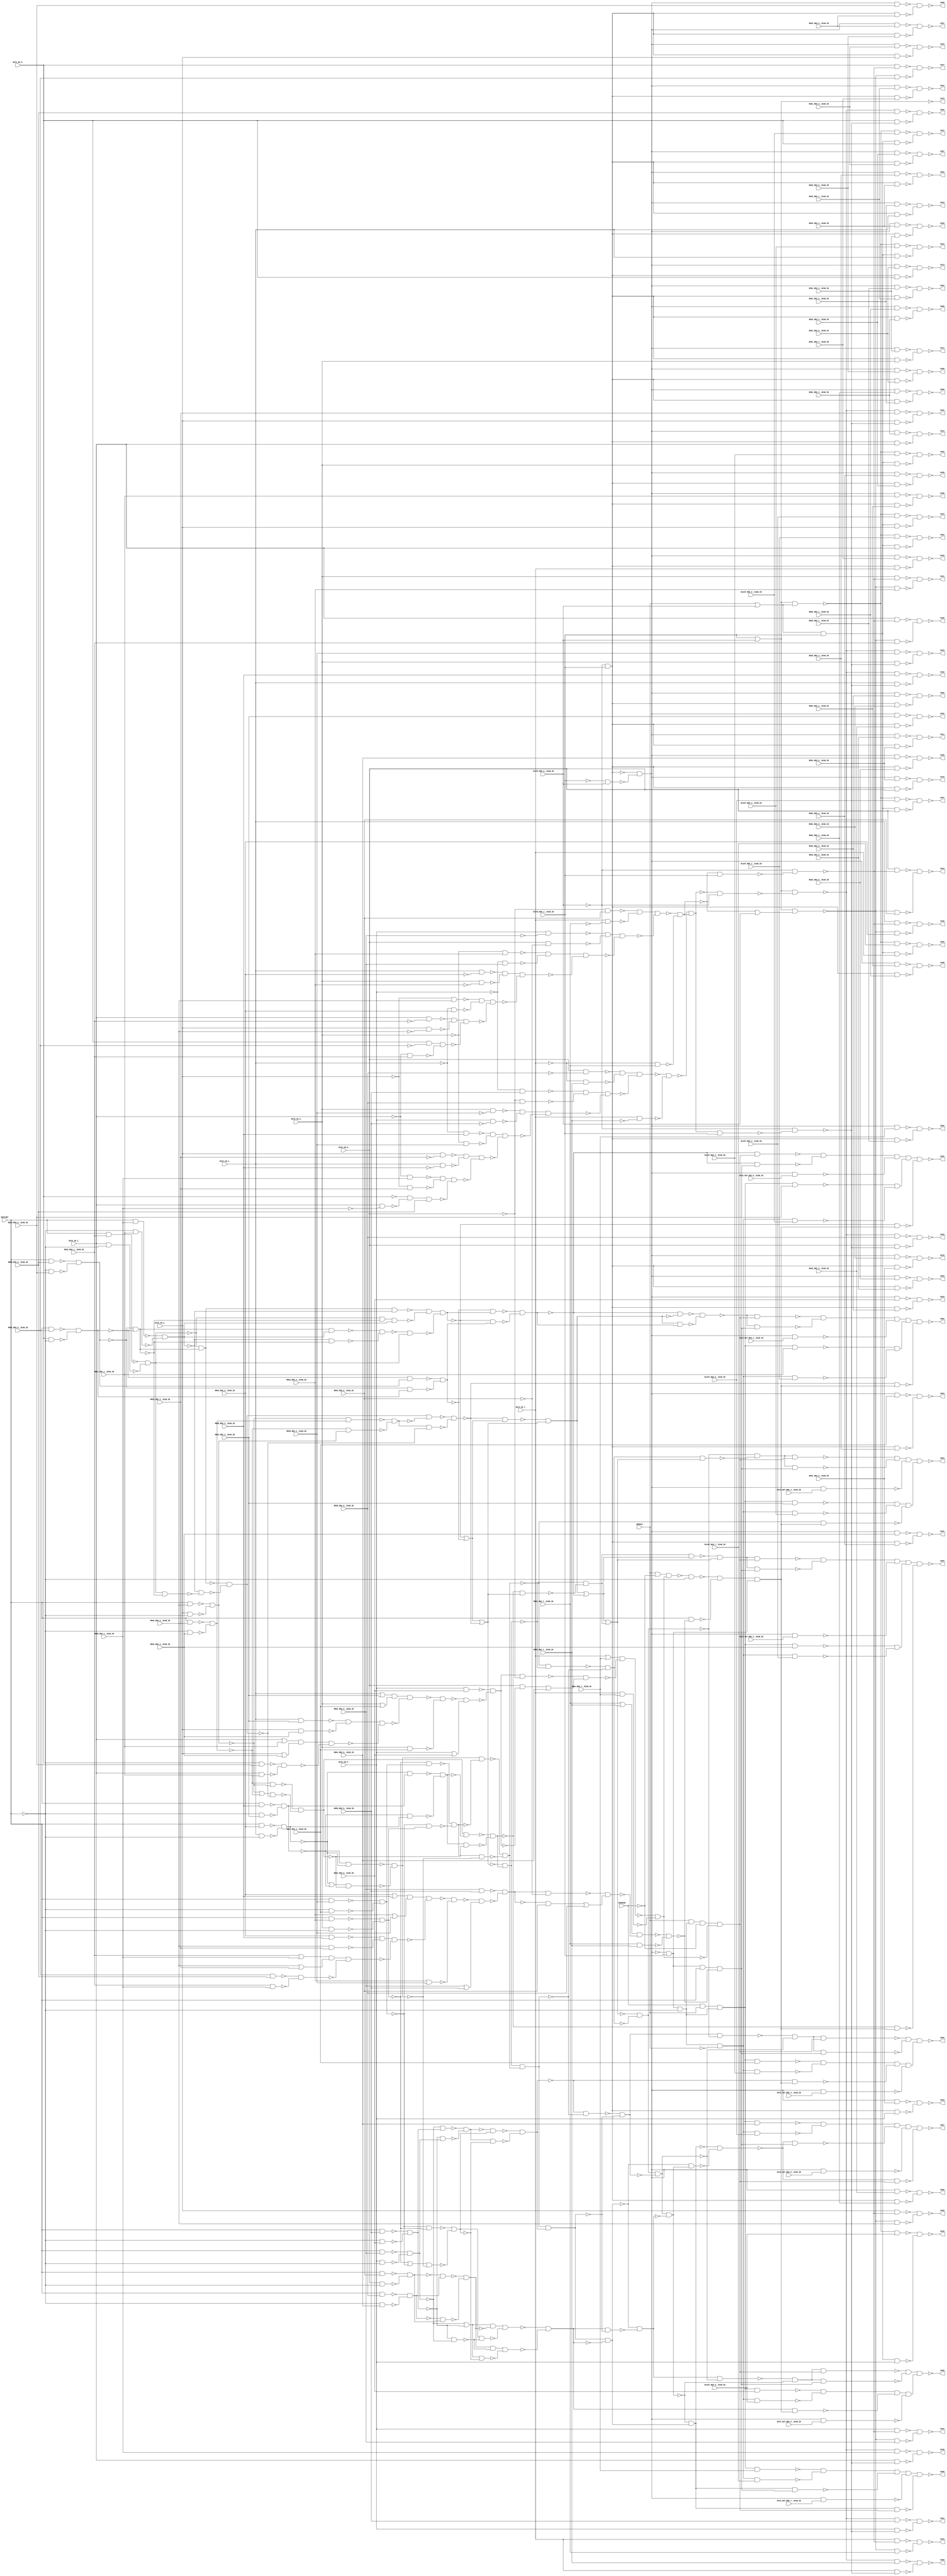
module b04_C( RESTART, AVERAGE, ENABLE, DATA_IN_7_, DATA_IN_6_, DATA_IN_5_, DATA_IN_4_, DATA_IN_3_, DATA_IN_2_, DATA_IN_1_, DATA_IN_0_, STATO_REG_0__SCAN_IN, STATO_REG_1__SCAN_IN, DATA_OUT_REG_0__SCAN_IN, DATA_OUT_REG_1__SCAN_IN, DATA_OUT_REG_2__SCAN_IN, DATA_OUT_REG_3__SCAN_IN, DATA_OUT_REG_4__SCAN_IN, DATA_OUT_REG_5__SCAN_IN, DATA_OUT_REG_6__SCAN_IN, DATA_OUT_REG_7__SCAN_IN, REG4_REG_0__SCAN_IN, REG4_REG_1__SCAN_IN, REG4_REG_2__SCAN_IN, RMAX_REG_7__SCAN_IN, RMAX_REG_6__SCAN_IN, RMAX_REG_5__SCAN_IN, RMAX_REG_4__SCAN_IN, RMAX_REG_3__SCAN_IN, RMAX_REG_2__SCAN_IN, RMAX_REG_1__SCAN_IN, RMAX_REG_0__SCAN_IN, RMIN_REG_7__SCAN_IN, RMIN_REG_6__SCAN_IN, RMIN_REG_5__SCAN_IN, RMIN_REG_4__SCAN_IN, RMIN_REG_3__SCAN_IN, RMIN_REG_2__SCAN_IN, RMIN_REG_1__SCAN_IN, RMIN_REG_0__SCAN_IN, RLAST_REG_7__SCAN_IN, RLAST_REG_6__SCAN_IN, RLAST_REG_5__SCAN_IN, RLAST_REG_4__SCAN_IN, RLAST_REG_3__SCAN_IN, RLAST_REG_2__SCAN_IN, RLAST_REG_1__SCAN_IN, RLAST_REG_0__SCAN_IN, REG1_REG_7__SCAN_IN, REG1_REG_6__SCAN_IN, REG1_REG_5__SCAN_IN, REG1_REG_4__SCAN_IN, REG1_REG_3__SCAN_IN, REG1_REG_2__SCAN_IN, REG1_REG_1__SCAN_IN, REG1_REG_0__SCAN_IN, REG2_REG_7__SCAN_IN, REG2_REG_6__SCAN_IN, REG2_REG_5__SCAN_IN, REG2_REG_4__SCAN_IN, REG2_REG_3__SCAN_IN, REG2_REG_2__SCAN_IN, REG2_REG_1__SCAN_IN, REG2_REG_0__SCAN_IN, REG3_REG_7__SCAN_IN, REG3_REG_6__SCAN_IN, REG3_REG_5__SCAN_IN, REG3_REG_4__SCAN_IN, REG3_REG_3__SCAN_IN, REG3_REG_2__SCAN_IN, REG3_REG_1__SCAN_IN, REG3_REG_0__SCAN_IN, REG4_REG_7__SCAN_IN, REG4_REG_6__SCAN_IN, REG4_REG_5__SCAN_IN, REG4_REG_4__SCAN_IN, REG4_REG_3__SCAN_IN, U281, U282, U283, U284, U285, U286, U287, U288, U289, U290, U291, U292, U293, U294, U295, U296, U297, U298, U299, U300, U301, U302, U303, U304, U305, U306, U307, U308, U309, U310, U311, U312, U313, U314, U315, U316, U317, U318, U319, U320, U321, U322, U323, U324, U325, U326, U327, U328, U329, U330, U331, U332, U333, U334, U335, U336, U337, U338, U339, U340, U341, U342, U343, U344, U375); 
input RESTART, AVERAGE, ENABLE, DATA_IN_7_, DATA_IN_6_, DATA_IN_5_, DATA_IN_4_, DATA_IN_3_, DATA_IN_2_, DATA_IN_1_, DATA_IN_0_, STATO_REG_0__SCAN_IN, STATO_REG_1__SCAN_IN, DATA_OUT_REG_0__SCAN_IN, DATA_OUT_REG_1__SCAN_IN, DATA_OUT_REG_2__SCAN_IN, DATA_OUT_REG_3__SCAN_IN, DATA_OUT_REG_4__SCAN_IN, DATA_OUT_REG_5__SCAN_IN, DATA_OUT_REG_6__SCAN_IN, DATA_OUT_REG_7__SCAN_IN, REG4_REG_0__SCAN_IN, REG4_REG_1__SCAN_IN, REG4_REG_2__SCAN_IN, RMAX_REG_7__SCAN_IN, RMAX_REG_6__SCAN_IN, RMAX_REG_5__SCAN_IN, RMAX_REG_4__SCAN_IN, RMAX_REG_3__SCAN_IN, RMAX_REG_2__SCAN_IN, RMAX_REG_1__SCAN_IN, RMAX_REG_0__SCAN_IN, RMIN_REG_7__SCAN_IN, RMIN_REG_6__SCAN_IN, RMIN_REG_5__SCAN_IN, RMIN_REG_4__SCAN_IN, RMIN_REG_3__SCAN_IN, RMIN_REG_2__SCAN_IN, RMIN_REG_1__SCAN_IN, RMIN_REG_0__SCAN_IN, RLAST_REG_7__SCAN_IN, RLAST_REG_6__SCAN_IN, RLAST_REG_5__SCAN_IN, RLAST_REG_4__SCAN_IN, RLAST_REG_3__SCAN_IN, RLAST_REG_2__SCAN_IN, RLAST_REG_1__SCAN_IN, RLAST_REG_0__SCAN_IN, REG1_REG_7__SCAN_IN, REG1_REG_6__SCAN_IN, REG1_REG_5__SCAN_IN, REG1_REG_4__SCAN_IN, REG1_REG_3__SCAN_IN, REG1_REG_2__SCAN_IN, REG1_REG_1__SCAN_IN, REG1_REG_0__SCAN_IN, REG2_REG_7__SCAN_IN, REG2_REG_6__SCAN_IN, REG2_REG_5__SCAN_IN, REG2_REG_4__SCAN_IN, REG2_REG_3__SCAN_IN, REG2_REG_2__SCAN_IN, REG2_REG_1__SCAN_IN, REG2_REG_0__SCAN_IN, REG3_REG_7__SCAN_IN, REG3_REG_6__SCAN_IN, REG3_REG_5__SCAN_IN, REG3_REG_4__SCAN_IN, REG3_REG_3__SCAN_IN, REG3_REG_2__SCAN_IN, REG3_REG_1__SCAN_IN, REG3_REG_0__SCAN_IN, REG4_REG_7__SCAN_IN, REG4_REG_6__SCAN_IN, REG4_REG_5__SCAN_IN, REG4_REG_4__SCAN_IN, REG4_REG_3__SCAN_IN; 
output U281, U282, U283, U284, U285, U286, U287, U288, U289, U290, U291, U292, U293, U294, U295, U296, U297, U298, U299, U300, U301, U302, U303, U304, U305, U306, U307, U308, U309, U310, U311, U312, U313, U314, U315, U316, U317, U318, U319, U320, U321, U322, U323, U324, U325, U326, U327, U328, U329, U330, U331, U332, U333, U334, U335, U336, U337, U338, U339, U340, U341, U342, U343, U344, U375; 
wire U272, U273, U274, U275, U276, U277, U278, U279, U280, U345, U346, U347, U348, U349, U350, U351, U352, U353, U354, U355, U356, U357, U358, U359, U360, U361, U362, U363, U364, U365, U366, U367, U368, U369, U370, U371, U372, U373, U374, U376, U377, U378, U379, U380, U381, U382, U383, U384, U385, U386, U387, U388, U389, U390, U391, U392, U393, U394, U395, U396, U397, U398, U399, U400, U401, U402, U403, U404, U405, U406, U407, U408, U409, U410, U411, U412, U413, U414, U415, U416, U417, U418, U419, U420, U421, U422, U423, U424, U425, U426, U427, U428, U429, U430, U431, U432, U433, U434, U435, U436, U437, U438, U439, U440, U441, U442, U443, U444, U445, U446, U447, U448, U449, U450, U451, U452, U453, U454, U455, U456, U457, U458, U459, U460, U461, U462, U463, U464, U465, U466, U467, U468, U469, U470, U471, U472, U473, U474, U475, U476, U477, U478, U479, U480, U481, U482, U483, U484, U485, U486, U487, U488, U489, U490, U491, U492, U493, U494, U495, U496, U497, U498, U499, U500, U501, U502, U503, U504, U505, U506, U507, U508, U509, U510, U511, U512, U513, U514, U515, U516, U517, U518, U519, U520, U521, U522, U523, U524, U525, U526, U527, U528, U529, U530, U531, U532, U533, U534, U535, U536, U537, U538, U539, U540, U541, U542, U543, U544, U545, U546, U547, U548, U549, U550, U551, U552, U553, U554, U555, U556, U557, U558, U559, U560, U561, U562, U563, U564, U565, U566, U567, U568, U569, U570, U571, U572, U573, U574, U575, U576, U577, U578, GTE_67_U6, SUB_82_U6, SUB_82_U7, SUB_82_U8, SUB_82_U9, SUB_82_U10, SUB_82_U11, SUB_82_U12, SUB_82_U13, SUB_82_U14, SUB_82_U15, SUB_82_U16, SUB_82_U17, SUB_82_U18, SUB_82_U19, SUB_82_U20, SUB_82_U21, SUB_82_U22, SUB_82_U23, SUB_82_U24, SUB_82_U25, SUB_82_U26, SUB_82_U27, SUB_82_U28, SUB_82_U29, SUB_82_U30, SUB_82_U31, SUB_82_U32, SUB_82_U33, SUB_82_U34, SUB_82_U35, ADD_65_U4, ADD_65_U5, ADD_65_U6, ADD_65_U7, ADD_65_U8, ADD_65_U9, ADD_65_U10, ADD_65_U11, ADD_65_U12, ADD_65_U13, ADD_65_U14, ADD_65_U15, ADD_65_U16, ADD_65_U17, ADD_65_U18, ADD_65_U19, ADD_65_U20, ADD_65_U21, ADD_65_U22, ADD_65_U23, ADD_65_U24, ADD_65_U25, ADD_65_U26, ADD_65_U27, ADD_65_U28, ADD_65_U29, ADD_65_U30, ADD_65_U31, ADD_77_U4, ADD_77_U5, ADD_77_U6, ADD_77_U7, ADD_77_U8, ADD_77_U9, ADD_77_U10, ADD_77_U11, ADD_77_U12, ADD_77_U13, ADD_77_U14, ADD_77_U15, ADD_77_U16, ADD_77_U17, ADD_77_U18, ADD_77_U19, ADD_77_U20, ADD_77_U21, ADD_77_U22, ADD_77_U23, ADD_77_U24, ADD_77_U25, ADD_77_U26, ADD_77_U27, ADD_77_U28, ADD_77_U29, ADD_77_U30, ADD_77_U31, SUB_70_166_U6, SUB_70_166_U7, SUB_70_166_U8, SUB_70_166_U9, SUB_70_166_U10, SUB_70_166_U11, SUB_70_166_U12, SUB_70_166_U13, SUB_70_166_U14, SUB_70_166_U15, SUB_70_166_U16, SUB_70_166_U17, SUB_70_166_U18, SUB_70_166_U19, SUB_70_166_U20, SUB_70_166_U21, SUB_70_166_U22, SUB_70_166_U23, SUB_70_166_U24, SUB_70_166_U25, SUB_70_166_U26, SUB_70_166_U27, SUB_70_166_U28, SUB_70_166_U29, SUB_70_166_U30, SUB_70_166_U31, SUB_70_166_U32, SUB_70_166_U33, SUB_70_166_U34, SUB_70_166_U35, LT_90_U6, LT_90_U7, LT_90_U8, LT_90_U9, LT_90_U10, LT_90_U11, LT_90_U12, LT_90_U13, LT_90_U14, LT_90_U15, LT_90_U16, LT_90_U17, LT_90_U18, LT_90_U19, LT_90_U20, LT_90_U21, LT_90_U22, LT_90_U23, LT_90_U24, LT_90_U25, LT_90_U26, LT_90_U27, LT_90_U28, LT_90_U29, LT_90_U30, LT_90_U31, LT_90_U32, LT_90_U33, LT_90_U34, LT_90_U35, LT_90_U36, LT_90_U37, LT_90_U38, LT_90_U39, LT_90_U40, LT_90_U41, LT_90_U42, GT_88_U6, GT_88_U7, GT_88_U8, GT_88_U9, GT_88_U10, GT_88_U11, GT_88_U12, GT_88_U13, GT_88_U14, GT_88_U15, GT_88_U16, GT_88_U17, GT_88_U18, GT_88_U19, GT_88_U20, GT_88_U21, GT_88_U22, GT_88_U23, GT_88_U24, GT_88_U25, GT_88_U26, GT_88_U27, GT_88_U28, GT_88_U29, GT_88_U30, GT_88_U31, GT_88_U32, GT_88_U33, GT_88_U34, GT_88_U35, GT_88_U36, GT_88_U37, GT_88_U38, GT_88_U39, GT_88_U40, GT_88_U41, GT_88_U42, SUB_82_165_U6, SUB_82_165_U7, SUB_82_165_U8, SUB_82_165_U9, SUB_82_165_U10, SUB_82_165_U11, SUB_82_165_U12, SUB_82_165_U13, SUB_82_165_U14, SUB_82_165_U15, SUB_82_165_U16, SUB_82_165_U17, SUB_82_165_U18, SUB_82_165_U19, SUB_82_165_U20, SUB_82_165_U21, SUB_82_165_U22, SUB_82_165_U23, SUB_82_165_U24, SUB_82_165_U25, SUB_82_165_U26, SUB_82_165_U27, SUB_82_165_U28, SUB_82_165_U29, SUB_82_165_U30, SUB_82_165_U31, SUB_82_165_U32, SUB_82_165_U33, SUB_82_165_U34, SUB_82_165_U35, GTE_79_U6, R179_U4, R179_U5, R179_U6, R179_U7, R179_U8, R179_U9, R179_U10, R179_U11, R179_U12, R179_U13, R179_U14, R179_U15, R179_U16, R179_U17, R179_U18, R179_U19, R179_U20, R179_U21, R179_U22, R179_U23, R179_U24, R179_U25, R179_U26, R179_U27, R179_U28, R179_U29, R179_U30, R179_U31, R179_U32, R179_U33, R179_U34, R179_U35, R179_U36, R179_U37, R179_U38, R179_U39, R179_U40, R179_U41, R179_U42, R179_U43, R179_U44, R179_U45, R179_U46, R179_U47, R179_U48, R179_U49, R179_U50, R179_U51, R179_U52, R179_U53, R179_U54, R179_U55, R179_U56, R179_U57, R179_U58, R179_U59, R179_U60, R179_U61, R179_U62, R179_U63, R179_U64, R179_U65, R179_U66, R179_U67, R179_U68, R179_U69, R179_U70, R179_U71, R179_U72, R179_U73, R179_U74, R179_U75, R179_U76, R179_U77, R179_U78, R179_U79, R179_U80, R179_U81, R179_U82, R179_U83, R179_U84, R179_U85, R179_U86, R179_U87, R179_U88, R179_U89, R179_U90, R179_U91, R179_U92, R179_U93, R179_U94, R179_U95, R179_U96, SUB_70_U6, SUB_70_U7, SUB_70_U8, SUB_70_U9, SUB_70_U10, SUB_70_U11, SUB_70_U12, SUB_70_U13, SUB_70_U14, SUB_70_U15, SUB_70_U16, SUB_70_U17, SUB_70_U18, SUB_70_U19, SUB_70_U20, SUB_70_U21, SUB_70_U22, SUB_70_U23, SUB_70_U24, SUB_70_U25, SUB_70_U26, SUB_70_U27, SUB_70_U28, SUB_70_U29, SUB_70_U30, SUB_70_U31, SUB_70_U32, SUB_70_U33, SUB_70_U34, SUB_70_U35; 
assign U345 = ~STATO_REG_0__SCAN_IN; 
assign U346 = ~STATO_REG_1__SCAN_IN; 
assign U349 = ~AVERAGE; 
assign U350 = ~ENABLE; 
assign U351 = ~RESTART; 
assign U374 = STATO_REG_1__SCAN_IN | STATO_REG_0__SCAN_IN; 
assign U420 = ENABLE | STATO_REG_0__SCAN_IN; 
assign U552 = ~(RESTART & RMAX_REG_6__SCAN_IN); 
assign U554 = ~(RESTART & RMAX_REG_5__SCAN_IN); 
assign U556 = ~(RESTART & RMAX_REG_4__SCAN_IN); 
assign U558 = ~(RESTART & RMAX_REG_3__SCAN_IN); 
assign U560 = ~(RESTART & RMAX_REG_2__SCAN_IN); 
assign U562 = ~(RESTART & RMAX_REG_1__SCAN_IN); 
assign U564 = ~(RESTART & RMAX_REG_0__SCAN_IN); 
assign U566 = ~(RESTART & RMIN_REG_6__SCAN_IN); 
assign U568 = ~(RESTART & RMIN_REG_5__SCAN_IN); 
assign U570 = ~(RESTART & RMIN_REG_4__SCAN_IN); 
assign U572 = ~(RESTART & RMIN_REG_3__SCAN_IN); 
assign U574 = ~(RESTART & RMIN_REG_2__SCAN_IN); 
assign U576 = ~(RESTART & RMIN_REG_1__SCAN_IN); 
assign U578 = ~(RESTART & RMIN_REG_0__SCAN_IN); 
assign ADD_65_U6 = ~RMAX_REG_6__SCAN_IN; 
assign ADD_65_U8 = RMAX_REG_5__SCAN_IN | RMIN_REG_5__SCAN_IN; 
assign ADD_65_U9 = ~(RMAX_REG_1__SCAN_IN & RMIN_REG_1__SCAN_IN); 
assign ADD_65_U10 = ~(RMAX_REG_0__SCAN_IN & RMIN_REG_0__SCAN_IN); 
assign ADD_65_U12 = RMAX_REG_1__SCAN_IN | RMIN_REG_1__SCAN_IN; 
assign ADD_65_U13 = RMAX_REG_2__SCAN_IN | RMIN_REG_2__SCAN_IN; 
assign ADD_65_U15 = ~(RMAX_REG_3__SCAN_IN & RMIN_REG_3__SCAN_IN); 
assign ADD_65_U16 = ~(RMAX_REG_2__SCAN_IN & RMIN_REG_2__SCAN_IN); 
assign ADD_65_U18 = RMAX_REG_3__SCAN_IN | RMIN_REG_3__SCAN_IN; 
assign ADD_65_U19 = RMAX_REG_4__SCAN_IN | RMIN_REG_4__SCAN_IN; 
assign ADD_65_U21 = ~(RMAX_REG_4__SCAN_IN & RMIN_REG_4__SCAN_IN); 
assign ADD_65_U24 = ~(RMAX_REG_5__SCAN_IN & RMIN_REG_5__SCAN_IN); 
assign ADD_65_U29 = RMAX_REG_7__SCAN_IN | RMIN_REG_7__SCAN_IN; 
assign ADD_65_U30 = ~(RMAX_REG_7__SCAN_IN & RMIN_REG_7__SCAN_IN); 
assign ADD_77_U6 = ~DATA_IN_6_; 
assign ADD_77_U8 = DATA_IN_5_ | REG4_REG_5__SCAN_IN; 
assign ADD_77_U9 = ~(DATA_IN_1_ & REG4_REG_1__SCAN_IN); 
assign ADD_77_U10 = ~(DATA_IN_0_ & REG4_REG_0__SCAN_IN); 
assign ADD_77_U12 = DATA_IN_1_ | REG4_REG_1__SCAN_IN; 
assign ADD_77_U13 = DATA_IN_2_ | REG4_REG_2__SCAN_IN; 
assign ADD_77_U15 = ~(DATA_IN_3_ & REG4_REG_3__SCAN_IN); 
assign ADD_77_U16 = ~(DATA_IN_2_ & REG4_REG_2__SCAN_IN); 
assign ADD_77_U18 = DATA_IN_3_ | REG4_REG_3__SCAN_IN; 
assign ADD_77_U19 = DATA_IN_4_ | REG4_REG_4__SCAN_IN; 
assign ADD_77_U21 = ~(DATA_IN_4_ & REG4_REG_4__SCAN_IN); 
assign ADD_77_U24 = ~(DATA_IN_5_ & REG4_REG_5__SCAN_IN); 
assign ADD_77_U29 = DATA_IN_7_ | REG4_REG_7__SCAN_IN; 
assign ADD_77_U30 = ~(DATA_IN_7_ & REG4_REG_7__SCAN_IN); 
assign LT_90_U7 = ~DATA_IN_7_; 
assign LT_90_U8 = ~DATA_IN_1_; 
assign LT_90_U9 = ~RMIN_REG_1__SCAN_IN; 
assign LT_90_U10 = ~RMIN_REG_2__SCAN_IN; 
assign LT_90_U11 = ~DATA_IN_2_; 
assign LT_90_U12 = ~DATA_IN_3_; 
assign LT_90_U13 = ~RMIN_REG_3__SCAN_IN; 
assign LT_90_U14 = ~RMIN_REG_4__SCAN_IN; 
assign LT_90_U15 = ~DATA_IN_4_; 
assign LT_90_U16 = ~DATA_IN_5_; 
assign LT_90_U17 = ~RMIN_REG_5__SCAN_IN; 
assign LT_90_U18 = ~RMIN_REG_6__SCAN_IN; 
assign LT_90_U19 = ~DATA_IN_6_; 
assign LT_90_U20 = ~RMIN_REG_7__SCAN_IN; 
assign LT_90_U21 = ~DATA_IN_0_; 
assign GT_88_U7 = ~RMAX_REG_7__SCAN_IN; 
assign GT_88_U8 = ~RMAX_REG_1__SCAN_IN; 
assign GT_88_U9 = ~DATA_IN_1_; 
assign GT_88_U10 = ~DATA_IN_2_; 
assign GT_88_U11 = ~RMAX_REG_2__SCAN_IN; 
assign GT_88_U12 = ~RMAX_REG_3__SCAN_IN; 
assign GT_88_U13 = ~DATA_IN_3_; 
assign GT_88_U14 = ~DATA_IN_4_; 
assign GT_88_U15 = ~RMAX_REG_4__SCAN_IN; 
assign GT_88_U16 = ~RMAX_REG_5__SCAN_IN; 
assign GT_88_U17 = ~DATA_IN_5_; 
assign GT_88_U18 = ~DATA_IN_6_; 
assign GT_88_U19 = ~RMAX_REG_6__SCAN_IN; 
assign GT_88_U20 = ~DATA_IN_7_; 
assign GT_88_U21 = ~RMAX_REG_0__SCAN_IN; 
assign U278 = U420 & STATO_REG_1__SCAN_IN; 
assign U348 = ~(U345 & STATO_REG_1__SCAN_IN); 
assign U375 = ~U374; 
assign U377 = ~(U346 & STATO_REG_0__SCAN_IN); 
assign U421 = ~(U374 & U420); 
assign U551 = ~(DATA_IN_6_ & U351); 
assign U553 = ~(DATA_IN_5_ & U351); 
assign U555 = ~(DATA_IN_4_ & U351); 
assign U557 = ~(DATA_IN_3_ & U351); 
assign U559 = ~(DATA_IN_2_ & U351); 
assign U561 = ~(DATA_IN_1_ & U351); 
assign U563 = ~(DATA_IN_0_ & U351); 
assign U565 = ~(U351 & REG4_REG_6__SCAN_IN); 
assign U567 = ~(U351 & REG4_REG_5__SCAN_IN); 
assign U569 = ~(U351 & REG4_REG_4__SCAN_IN); 
assign U571 = ~(U351 & REG4_REG_3__SCAN_IN); 
assign U573 = ~(U351 & REG4_REG_2__SCAN_IN); 
assign U575 = ~(U351 & REG4_REG_1__SCAN_IN); 
assign U577 = ~(U351 & REG4_REG_0__SCAN_IN); 
assign ADD_65_U11 = ~(ADD_65_U10 & ADD_65_U9); 
assign ADD_77_U11 = ~(ADD_77_U10 & ADD_77_U9); 
assign LT_90_U22 = ~(DATA_IN_1_ & LT_90_U9); 
assign LT_90_U24 = ~(LT_90_U8 & RMIN_REG_1__SCAN_IN); 
assign LT_90_U25 = ~(LT_90_U11 & RMIN_REG_2__SCAN_IN); 
assign LT_90_U27 = ~(DATA_IN_2_ & LT_90_U10); 
assign LT_90_U28 = ~(DATA_IN_3_ & LT_90_U13); 
assign LT_90_U30 = ~(LT_90_U12 & RMIN_REG_3__SCAN_IN); 
assign LT_90_U31 = ~(LT_90_U15 & RMIN_REG_4__SCAN_IN); 
assign LT_90_U33 = ~(DATA_IN_4_ & LT_90_U14); 
assign LT_90_U34 = ~(DATA_IN_5_ & LT_90_U17); 
assign LT_90_U36 = ~(LT_90_U16 & RMIN_REG_5__SCAN_IN); 
assign LT_90_U37 = ~(LT_90_U19 & RMIN_REG_6__SCAN_IN); 
assign LT_90_U39 = ~(DATA_IN_6_ & LT_90_U18); 
assign LT_90_U40 = ~(LT_90_U7 & RMIN_REG_7__SCAN_IN); 
assign LT_90_U42 = ~(DATA_IN_7_ & LT_90_U20); 
assign GT_88_U22 = ~(GT_88_U9 & RMAX_REG_1__SCAN_IN); 
assign GT_88_U24 = ~(DATA_IN_1_ & GT_88_U8); 
assign GT_88_U25 = ~(DATA_IN_2_ & GT_88_U11); 
assign GT_88_U27 = ~(GT_88_U10 & RMAX_REG_2__SCAN_IN); 
assign GT_88_U28 = ~(GT_88_U13 & RMAX_REG_3__SCAN_IN); 
assign GT_88_U30 = ~(DATA_IN_3_ & GT_88_U12); 
assign GT_88_U31 = ~(DATA_IN_4_ & GT_88_U15); 
assign GT_88_U33 = ~(GT_88_U14 & RMAX_REG_4__SCAN_IN); 
assign GT_88_U34 = ~(GT_88_U17 & RMAX_REG_5__SCAN_IN); 
assign GT_88_U36 = ~(DATA_IN_5_ & GT_88_U16); 
assign GT_88_U37 = ~(DATA_IN_6_ & GT_88_U19); 
assign GT_88_U39 = ~(GT_88_U18 & RMAX_REG_6__SCAN_IN); 
assign GT_88_U40 = ~(DATA_IN_7_ & GT_88_U7); 
assign GT_88_U42 = ~(GT_88_U20 & RMAX_REG_7__SCAN_IN); 
assign U280 = ~(U348 & U377); 
assign U353 = ~(U552 & U551); 
assign U354 = ~(U554 & U553); 
assign U355 = ~(U556 & U555); 
assign U356 = ~(U558 & U557); 
assign U357 = ~(U560 & U559); 
assign U358 = ~(U562 & U561); 
assign U359 = ~(U564 & U563); 
assign U360 = ~(U566 & U565); 
assign U361 = ~(U568 & U567); 
assign U362 = ~(U570 & U569); 
assign U363 = ~(U572 & U571); 
assign U364 = ~(U574 & U573); 
assign U365 = ~(U576 & U575); 
assign U366 = ~(U578 & U577); 
assign U376 = ~U348; 
assign U422 = ~(U278 & DATA_IN_7_); 
assign U423 = ~(U421 & RLAST_REG_7__SCAN_IN); 
assign U424 = ~(U278 & DATA_IN_6_); 
assign U425 = ~(U421 & RLAST_REG_6__SCAN_IN); 
assign U426 = ~(U278 & DATA_IN_5_); 
assign U427 = ~(U421 & RLAST_REG_5__SCAN_IN); 
assign U428 = ~(U278 & DATA_IN_4_); 
assign U429 = ~(U421 & RLAST_REG_4__SCAN_IN); 
assign U430 = ~(U278 & DATA_IN_3_); 
assign U431 = ~(U421 & RLAST_REG_3__SCAN_IN); 
assign U432 = ~(U278 & DATA_IN_2_); 
assign U433 = ~(U421 & RLAST_REG_2__SCAN_IN); 
assign U434 = ~(U278 & DATA_IN_1_); 
assign U435 = ~(U421 & RLAST_REG_1__SCAN_IN); 
assign U436 = ~(U278 & DATA_IN_0_); 
assign U437 = ~(U421 & RLAST_REG_0__SCAN_IN); 
assign ADD_65_U14 = ~(ADD_65_U12 & ADD_65_U13 & ADD_65_U11); 
assign ADD_77_U14 = ~(ADD_77_U12 & ADD_77_U13 & ADD_77_U11); 
assign LT_90_U23 = ~(LT_90_U21 & LT_90_U22 & RMIN_REG_0__SCAN_IN); 
assign GT_88_U23 = ~(DATA_IN_0_ & GT_88_U21 & GT_88_U22); 
assign U279 = U280 & STATO_REG_1__SCAN_IN; 
assign U321 = ~(U437 & U436); 
assign U322 = ~(U435 & U434); 
assign U323 = ~(U433 & U432); 
assign U324 = ~(U431 & U430); 
assign U325 = ~(U429 & U428); 
assign U326 = ~(U427 & U426); 
assign U327 = ~(U425 & U424); 
assign U328 = ~(U423 & U422); 
assign U378 = ~U280; 
assign U438 = ~(U376 & DATA_IN_7_); 
assign U440 = ~(U376 & DATA_IN_6_); 
assign U442 = ~(U376 & DATA_IN_5_); 
assign U444 = ~(U376 & DATA_IN_4_); 
assign U446 = ~(U376 & DATA_IN_3_); 
assign U448 = ~(U376 & DATA_IN_2_); 
assign U450 = ~(U376 & DATA_IN_1_); 
assign U452 = ~(U376 & DATA_IN_0_); 
assign U454 = ~(U376 & REG1_REG_7__SCAN_IN); 
assign U456 = ~(U376 & REG1_REG_6__SCAN_IN); 
assign U458 = ~(U376 & REG1_REG_5__SCAN_IN); 
assign U460 = ~(U376 & REG1_REG_4__SCAN_IN); 
assign U462 = ~(U376 & REG1_REG_3__SCAN_IN); 
assign U464 = ~(U376 & REG1_REG_2__SCAN_IN); 
assign U466 = ~(U376 & REG1_REG_1__SCAN_IN); 
assign U468 = ~(U376 & REG1_REG_0__SCAN_IN); 
assign U470 = ~(U376 & REG2_REG_7__SCAN_IN); 
assign U472 = ~(U376 & REG2_REG_6__SCAN_IN); 
assign U474 = ~(U376 & REG2_REG_5__SCAN_IN); 
assign U476 = ~(U376 & REG2_REG_4__SCAN_IN); 
assign U478 = ~(U376 & REG2_REG_3__SCAN_IN); 
assign U480 = ~(U376 & REG2_REG_2__SCAN_IN); 
assign U482 = ~(U376 & REG2_REG_1__SCAN_IN); 
assign U484 = ~(U376 & REG2_REG_0__SCAN_IN); 
assign U486 = ~(U376 & REG3_REG_7__SCAN_IN); 
assign U488 = ~(U376 & REG3_REG_6__SCAN_IN); 
assign U490 = ~(U376 & REG3_REG_5__SCAN_IN); 
assign U492 = ~(U376 & REG3_REG_4__SCAN_IN); 
assign U494 = ~(U376 & REG3_REG_3__SCAN_IN); 
assign U496 = ~(U376 & REG3_REG_2__SCAN_IN); 
assign U498 = ~(U376 & REG3_REG_1__SCAN_IN); 
assign U500 = ~(U376 & REG3_REG_0__SCAN_IN); 
assign ADD_65_U17 = ~(ADD_65_U15 & ADD_65_U16 & ADD_65_U14); 
assign ADD_77_U17 = ~(ADD_77_U15 & ADD_77_U16 & ADD_77_U14); 
assign LT_90_U26 = ~(LT_90_U24 & LT_90_U25 & LT_90_U23); 
assign GT_88_U26 = ~(GT_88_U24 & GT_88_U25 & GT_88_U23); 
assign R179_U6 = ~U359; 
assign R179_U7 = ~U366; 
assign R179_U8 = ~U365; 
assign R179_U9 = ~(U366 & U359); 
assign R179_U10 = ~U358; 
assign R179_U11 = ~U357; 
assign R179_U12 = ~U364; 
assign R179_U13 = ~U356; 
assign R179_U14 = ~U363; 
assign R179_U15 = ~U355; 
assign R179_U16 = ~U362; 
assign R179_U17 = ~U354; 
assign R179_U18 = ~U361; 
assign R179_U25 = ~U360; 
assign R179_U26 = ~U353; 
assign R179_U36 = U357 | U364; 
assign R179_U38 = ~(U364 & U357); 
assign R179_U40 = U356 | U363; 
assign R179_U42 = ~(U363 & U356); 
assign R179_U44 = U355 | U362; 
assign R179_U46 = ~(U362 & U355); 
assign R179_U48 = U354 | U361; 
assign R179_U50 = ~(U361 & U354); 
assign R179_U52 = ~(U361 & U354); 
assign R179_U54 = U361 | U354; 
assign U272 = U279 & U351; 
assign U439 = ~(U378 & REG1_REG_7__SCAN_IN); 
assign U441 = ~(U378 & REG1_REG_6__SCAN_IN); 
assign U443 = ~(U378 & REG1_REG_5__SCAN_IN); 
assign U445 = ~(U378 & REG1_REG_4__SCAN_IN); 
assign U447 = ~(U378 & REG1_REG_3__SCAN_IN); 
assign U449 = ~(U378 & REG1_REG_2__SCAN_IN); 
assign U451 = ~(U378 & REG1_REG_1__SCAN_IN); 
assign U453 = ~(U378 & REG1_REG_0__SCAN_IN); 
assign U455 = ~(U378 & REG2_REG_7__SCAN_IN); 
assign U457 = ~(U378 & REG2_REG_6__SCAN_IN); 
assign U459 = ~(U378 & REG2_REG_5__SCAN_IN); 
assign U461 = ~(U378 & REG2_REG_4__SCAN_IN); 
assign U463 = ~(U378 & REG2_REG_3__SCAN_IN); 
assign U465 = ~(U378 & REG2_REG_2__SCAN_IN); 
assign U467 = ~(U378 & REG2_REG_1__SCAN_IN); 
assign U469 = ~(U378 & REG2_REG_0__SCAN_IN); 
assign U471 = ~(U378 & REG3_REG_7__SCAN_IN); 
assign U473 = ~(U378 & REG3_REG_6__SCAN_IN); 
assign U475 = ~(U378 & REG3_REG_5__SCAN_IN); 
assign U477 = ~(U378 & REG3_REG_4__SCAN_IN); 
assign U479 = ~(U378 & REG3_REG_3__SCAN_IN); 
assign U481 = ~(U378 & REG3_REG_2__SCAN_IN); 
assign U483 = ~(U378 & REG3_REG_1__SCAN_IN); 
assign U485 = ~(U378 & REG3_REG_0__SCAN_IN); 
assign U487 = ~(U378 & REG4_REG_7__SCAN_IN); 
assign U489 = ~(U378 & REG4_REG_6__SCAN_IN); 
assign U491 = ~(U378 & REG4_REG_5__SCAN_IN); 
assign U493 = ~(U378 & REG4_REG_4__SCAN_IN); 
assign U495 = ~(U378 & REG4_REG_3__SCAN_IN); 
assign U497 = ~(U378 & REG4_REG_2__SCAN_IN); 
assign U499 = ~(U378 & REG4_REG_1__SCAN_IN); 
assign U501 = ~(U378 & REG4_REG_0__SCAN_IN); 
assign U506 = ~(U378 & DATA_OUT_REG_7__SCAN_IN); 
assign U511 = ~(U378 & DATA_OUT_REG_6__SCAN_IN); 
assign U517 = ~(U378 & DATA_OUT_REG_5__SCAN_IN); 
assign U523 = ~(U378 & DATA_OUT_REG_4__SCAN_IN); 
assign U529 = ~(U378 & DATA_OUT_REG_3__SCAN_IN); 
assign U535 = ~(U378 & DATA_OUT_REG_2__SCAN_IN); 
assign U541 = ~(U378 & DATA_OUT_REG_1__SCAN_IN); 
assign U547 = ~(U378 & DATA_OUT_REG_0__SCAN_IN); 
assign ADD_65_U20 = ~(ADD_65_U18 & ADD_65_U19 & ADD_65_U17); 
assign ADD_77_U20 = ~(ADD_77_U18 & ADD_77_U19 & ADD_77_U17); 
assign LT_90_U29 = ~(LT_90_U27 & LT_90_U28 & LT_90_U26); 
assign GT_88_U29 = ~(GT_88_U27 & GT_88_U28 & GT_88_U26); 
assign R179_U32 = ~R179_U9; 
assign R179_U33 = ~(R179_U10 & R179_U9); 
assign R179_U57 = ~(U360 & R179_U26); 
assign R179_U58 = ~(U353 & R179_U25); 
assign R179_U59 = ~(U360 & R179_U26); 
assign R179_U60 = ~(U353 & R179_U25); 
assign R179_U62 = ~(U361 & R179_U17); 
assign R179_U63 = ~(U354 & R179_U18); 
assign R179_U64 = ~(U361 & R179_U17); 
assign R179_U65 = ~(U354 & R179_U18); 
assign R179_U69 = ~(U362 & R179_U15); 
assign R179_U70 = ~(U355 & R179_U16); 
assign R179_U71 = ~(U362 & R179_U15); 
assign R179_U72 = ~(U355 & R179_U16); 
assign R179_U76 = ~(U363 & R179_U13); 
assign R179_U77 = ~(U356 & R179_U14); 
assign R179_U78 = ~(U363 & R179_U13); 
assign R179_U79 = ~(U356 & R179_U14); 
assign R179_U83 = ~(U364 & R179_U11); 
assign R179_U84 = ~(U357 & R179_U12); 
assign R179_U85 = ~(U364 & R179_U11); 
assign R179_U86 = ~(U357 & R179_U12); 
assign R179_U90 = ~(U365 & R179_U9); 
assign R179_U93 = ~(U358 & R179_U9 & R179_U8); 
assign R179_U95 = ~(U366 & R179_U6); 
assign R179_U96 = ~(U359 & R179_U7); 
assign U275 = AVERAGE & ENABLE & U272; 
assign U277 = U272 & U350; 
assign U289 = ~(U501 & U500); 
assign U290 = ~(U499 & U498); 
assign U291 = ~(U497 & U496); 
assign U292 = ~(U495 & U494); 
assign U293 = ~(U493 & U492); 
assign U294 = ~(U491 & U490); 
assign U295 = ~(U489 & U488); 
assign U296 = ~(U487 & U486); 
assign U297 = ~(U485 & U484); 
assign U298 = ~(U483 & U482); 
assign U299 = ~(U481 & U480); 
assign U300 = ~(U479 & U478); 
assign U301 = ~(U477 & U476); 
assign U302 = ~(U475 & U474); 
assign U303 = ~(U473 & U472); 
assign U304 = ~(U471 & U470); 
assign U305 = ~(U469 & U468); 
assign U306 = ~(U467 & U466); 
assign U307 = ~(U465 & U464); 
assign U308 = ~(U463 & U462); 
assign U309 = ~(U461 & U460); 
assign U310 = ~(U459 & U458); 
assign U311 = ~(U457 & U456); 
assign U312 = ~(U455 & U454); 
assign U313 = ~(U453 & U452); 
assign U314 = ~(U451 & U450); 
assign U315 = ~(U449 & U448); 
assign U316 = ~(U447 & U446); 
assign U317 = ~(U445 & U444); 
assign U318 = ~(U443 & U442); 
assign U319 = ~(U441 & U440); 
assign U320 = ~(U439 & U438); 
assign ADD_65_U22 = ~(ADD_65_U20 & ADD_65_U21); 
assign ADD_77_U22 = ~(ADD_77_U20 & ADD_77_U21); 
assign LT_90_U32 = ~(LT_90_U30 & LT_90_U31 & LT_90_U29); 
assign GT_88_U32 = ~(GT_88_U30 & GT_88_U31 & GT_88_U29); 
assign R179_U20 = ~(R179_U96 & R179_U95); 
assign R179_U30 = ~(U358 & R179_U32); 
assign R179_U34 = ~(U365 & R179_U33); 
assign R179_U61 = ~(R179_U60 & R179_U59); 
assign R179_U66 = ~(R179_U65 & R179_U64); 
assign R179_U73 = ~(R179_U72 & R179_U71); 
assign R179_U80 = ~(R179_U79 & R179_U78); 
assign R179_U87 = ~(R179_U86 & R179_U85); 
assign R179_U91 = ~(R179_U32 & R179_U8); 
assign U502 = ~(U277 & RLAST_REG_7__SCAN_IN); 
assign U503 = ~(U275 & REG4_REG_7__SCAN_IN); 
assign U507 = ~(U277 & RLAST_REG_6__SCAN_IN); 
assign U508 = ~(U275 & REG4_REG_6__SCAN_IN); 
assign U512 = ~(U277 & RLAST_REG_5__SCAN_IN); 
assign U514 = ~(U275 & REG4_REG_5__SCAN_IN); 
assign U518 = ~(U277 & RLAST_REG_4__SCAN_IN); 
assign U520 = ~(U275 & REG4_REG_4__SCAN_IN); 
assign U524 = ~(U277 & RLAST_REG_3__SCAN_IN); 
assign U526 = ~(U275 & REG4_REG_3__SCAN_IN); 
assign U530 = ~(U277 & RLAST_REG_2__SCAN_IN); 
assign U532 = ~(U275 & REG4_REG_2__SCAN_IN); 
assign U536 = ~(U277 & RLAST_REG_1__SCAN_IN); 
assign U538 = ~(U275 & REG4_REG_1__SCAN_IN); 
assign U542 = ~(U277 & RLAST_REG_0__SCAN_IN); 
assign U544 = ~(U275 & REG4_REG_0__SCAN_IN); 
assign SUB_82_U21 = ~R179_U20; 
assign ADD_65_U23 = ~(ADD_65_U22 & ADD_65_U8); 
assign ADD_77_U23 = ~(ADD_77_U22 & ADD_77_U8); 
assign LT_90_U35 = ~(LT_90_U33 & LT_90_U34 & LT_90_U32); 
assign GT_88_U35 = ~(GT_88_U33 & GT_88_U34 & GT_88_U32); 
assign R179_U29 = ~(R179_U30 & R179_U34); 
assign R179_U31 = ~R179_U30; 
assign R179_U92 = ~(R179_U91 & R179_U90); 
assign SUB_70_U21 = ~R179_U20; 
assign U370 = U532 & U530; 
assign U371 = U538 & U536; 
assign U372 = U544 & U542; 
assign ADD_65_U7 = ~(ADD_65_U24 & ADD_65_U23); 
assign ADD_77_U7 = ~(ADD_77_U24 & ADD_77_U23); 
assign LT_90_U38 = ~(LT_90_U36 & LT_90_U37 & LT_90_U35); 
assign GT_88_U38 = ~(GT_88_U36 & GT_88_U37 & GT_88_U35); 
assign R179_U35 = ~R179_U29; 
assign R179_U37 = ~(R179_U36 & R179_U29); 
assign R179_U56 = ~(R179_U92 & R179_U10); 
assign R179_U88 = ~(R179_U84 & R179_U83 & R179_U29); 
assign R179_U94 = ~(R179_U31 & U365); 
assign ADD_65_U4 = ADD_65_U7 & RMAX_REG_6__SCAN_IN; 
assign ADD_65_U25 = ~ADD_65_U7; 
assign ADD_77_U4 = DATA_IN_6_ & ADD_77_U7; 
assign ADD_77_U25 = ~ADD_77_U7; 
assign LT_90_U41 = ~(LT_90_U39 & LT_90_U40 & LT_90_U38); 
assign GT_88_U41 = ~(GT_88_U39 & GT_88_U40 & GT_88_U38); 
assign R179_U5 = ~(R179_U94 & R179_U93 & R179_U56); 
assign R179_U28 = ~(R179_U38 & R179_U37); 
assign R179_U89 = ~(R179_U35 & R179_U87); 
assign SUB_82_U20 = ~R179_U5; 
assign SUB_82_U28 = R179_U5 | R179_U20; 
assign SUB_82_U34 = ~(R179_U5 & SUB_82_U21); 
assign ADD_65_U26 = ADD_65_U4 | RMIN_REG_6__SCAN_IN; 
assign ADD_65_U27 = ~(ADD_65_U25 & ADD_65_U6); 
assign ADD_77_U26 = ADD_77_U4 | REG4_REG_6__SCAN_IN; 
assign ADD_77_U27 = ~(ADD_77_U25 & ADD_77_U6); 
assign LT_90_U6 = ~(LT_90_U41 & LT_90_U42); 
assign GT_88_U6 = ~(GT_88_U41 & GT_88_U42); 
assign R179_U24 = ~(R179_U89 & R179_U88); 
assign R179_U39 = ~R179_U28; 
assign R179_U41 = ~(R179_U40 & R179_U28); 
assign R179_U81 = ~(R179_U77 & R179_U76 & R179_U28); 
assign SUB_70_U20 = ~R179_U5; 
assign SUB_70_U28 = R179_U5 | R179_U20; 
assign SUB_70_U34 = ~(R179_U5 & SUB_70_U21); 
assign U347 = ~GT_88_U6; 
assign U379 = ~(GT_88_U6 & STATO_REG_1__SCAN_IN); 
assign U381 = GT_88_U6 | STATO_REG_0__SCAN_IN; 
assign SUB_82_U10 = R179_U5 | R179_U20 | R179_U24; 
assign SUB_82_U29 = ~(R179_U24 & SUB_82_U28); 
assign SUB_82_U35 = ~(R179_U20 & SUB_82_U20); 
assign ADD_65_U28 = ~(ADD_65_U27 & ADD_65_U26); 
assign ADD_77_U28 = ~(ADD_77_U27 & ADD_77_U26); 
assign R179_U27 = ~(R179_U42 & R179_U41); 
assign R179_U82 = ~(R179_U39 & R179_U80); 
assign SUB_70_U10 = R179_U5 | R179_U20 | R179_U24; 
assign SUB_70_U29 = ~(R179_U24 & SUB_70_U28); 
assign SUB_70_U35 = ~(R179_U20 & SUB_70_U20); 
assign U380 = ~(U345 & U379); 
assign U382 = ~(U374 & U381); 
assign U399 = ~(LT_90_U6 & U347); 
assign U402 = ~(U347 & LT_90_U6 & STATO_REG_1__SCAN_IN); 
assign SUB_82_U6 = SUB_82_U29 & SUB_82_U10; 
assign SUB_82_U15 = ~(SUB_82_U35 & SUB_82_U34); 
assign SUB_82_U22 = ~SUB_82_U10; 
assign ADD_65_U31 = ~(ADD_65_U29 & ADD_65_U28); 
assign ADD_77_U31 = ~(ADD_77_U29 & ADD_77_U28); 
assign R179_U23 = ~(R179_U82 & R179_U81); 
assign R179_U43 = ~R179_U27; 
assign R179_U45 = ~(R179_U44 & R179_U27); 
assign R179_U74 = ~(R179_U70 & R179_U69 & R179_U27); 
assign SUB_70_U6 = SUB_70_U29 & SUB_70_U10; 
assign SUB_70_U15 = ~(SUB_70_U35 & SUB_70_U34); 
assign SUB_70_U22 = ~SUB_70_U10; 
assign U383 = ~(U382 & RMAX_REG_7__SCAN_IN); 
assign U384 = ~(DATA_IN_7_ & U380); 
assign U385 = ~(U382 & RMAX_REG_6__SCAN_IN); 
assign U386 = ~(DATA_IN_6_ & U380); 
assign U387 = ~(U382 & RMAX_REG_5__SCAN_IN); 
assign U388 = ~(DATA_IN_5_ & U380); 
assign U389 = ~(U382 & RMAX_REG_4__SCAN_IN); 
assign U390 = ~(DATA_IN_4_ & U380); 
assign U391 = ~(U382 & RMAX_REG_3__SCAN_IN); 
assign U392 = ~(DATA_IN_3_ & U380); 
assign U393 = ~(U382 & RMAX_REG_2__SCAN_IN); 
assign U394 = ~(DATA_IN_2_ & U380); 
assign U395 = ~(U382 & RMAX_REG_1__SCAN_IN); 
assign U396 = ~(DATA_IN_1_ & U380); 
assign U397 = ~(U382 & RMAX_REG_0__SCAN_IN); 
assign U398 = ~(DATA_IN_0_ & U380); 
assign U400 = ~(U399 & U345); 
assign U403 = ~(U345 & U402); 
assign SUB_82_U18 = ~R179_U23; 
assign SUB_82_U32 = ~(R179_U23 & SUB_82_U10); 
assign ADD_65_U5 = ~(ADD_65_U31 & ADD_65_U30); 
assign ADD_77_U5 = ~(ADD_77_U31 & ADD_77_U30); 
assign SUB_70_166_U19 = ~SUB_70_U6; 
assign SUB_70_166_U20 = ~SUB_70_U15; 
assign SUB_70_166_U30 = SUB_70_U6 | SUB_70_U15; 
assign SUB_82_165_U19 = ~SUB_82_U6; 
assign SUB_82_165_U20 = ~SUB_82_U15; 
assign SUB_82_165_U30 = SUB_82_U6 | SUB_82_U15; 
assign R179_U19 = ~(R179_U46 & R179_U45); 
assign R179_U75 = ~(R179_U43 & R179_U73); 
assign SUB_70_U18 = ~R179_U23; 
assign SUB_70_U32 = ~(R179_U23 & SUB_70_U10); 
assign U337 = ~(U398 & U397); 
assign U338 = ~(U396 & U395); 
assign U339 = ~(U394 & U393); 
assign U340 = ~(U392 & U391); 
assign U341 = ~(U390 & U389); 
assign U342 = ~(U388 & U387); 
assign U343 = ~(U386 & U385); 
assign U344 = ~(U384 & U383); 
assign U401 = ~(U374 & U400); 
assign U404 = ~(DATA_IN_7_ & U403); 
assign U406 = ~(DATA_IN_6_ & U403); 
assign U408 = ~(DATA_IN_5_ & U403); 
assign U410 = ~(DATA_IN_4_ & U403); 
assign U412 = ~(DATA_IN_3_ & U403); 
assign U414 = ~(DATA_IN_2_ & U403); 
assign U416 = ~(DATA_IN_1_ & U403); 
assign U418 = ~(DATA_IN_0_ & U403); 
assign GTE_67_U6 = ~ADD_65_U5; 
assign SUB_82_U26 = ~(SUB_82_U22 & SUB_82_U18); 
assign SUB_82_U33 = ~(SUB_82_U22 & SUB_82_U18); 
assign SUB_70_166_U34 = ~(SUB_70_U6 & SUB_70_166_U20); 
assign SUB_70_166_U35 = ~(SUB_70_U15 & SUB_70_166_U19); 
assign SUB_82_165_U34 = ~(SUB_82_U6 & SUB_82_165_U20); 
assign SUB_82_165_U35 = ~(SUB_82_U15 & SUB_82_165_U19); 
assign GTE_79_U6 = ~ADD_77_U5; 
assign R179_U22 = ~(R179_U75 & R179_U74); 
assign R179_U47 = ~R179_U19; 
assign R179_U49 = ~(R179_U48 & R179_U19); 
assign R179_U67 = ~(R179_U63 & R179_U62 & R179_U19); 
assign SUB_70_U26 = ~(SUB_70_U22 & SUB_70_U18); 
assign SUB_70_U33 = ~(SUB_70_U22 & SUB_70_U18); 
assign U352 = ~GTE_79_U6; 
assign U373 = ~GTE_67_U6; 
assign U405 = ~(U401 & RMIN_REG_7__SCAN_IN); 
assign U407 = ~(U401 & RMIN_REG_6__SCAN_IN); 
assign U409 = ~(U401 & RMIN_REG_5__SCAN_IN); 
assign U411 = ~(U401 & RMIN_REG_4__SCAN_IN); 
assign U413 = ~(U401 & RMIN_REG_3__SCAN_IN); 
assign U415 = ~(U401 & RMIN_REG_2__SCAN_IN); 
assign U417 = ~(U401 & RMIN_REG_1__SCAN_IN); 
assign U419 = ~(U401 & RMIN_REG_0__SCAN_IN); 
assign U548 = ~(ENABLE & U349 & GTE_79_U6); 
assign SUB_82_U14 = ~R179_U22; 
assign SUB_82_U19 = SUB_82_U33 & SUB_82_U32; 
assign SUB_82_U27 = ~(R179_U22 & SUB_82_U26); 
assign SUB_70_166_U16 = ~(SUB_70_166_U35 & SUB_70_166_U34); 
assign SUB_82_165_U16 = ~(SUB_82_165_U35 & SUB_82_165_U34); 
assign R179_U51 = ~(R179_U58 & R179_U57 & R179_U50 & R179_U49); 
assign R179_U53 = ~(R179_U47 & R179_U52); 
assign R179_U68 = ~(R179_U66 & R179_U47); 
assign SUB_70_U14 = ~R179_U22; 
assign SUB_70_U19 = SUB_70_U33 & SUB_70_U32; 
assign SUB_70_U27 = ~(R179_U22 & SUB_70_U26); 
assign U273 = ENABLE & U272 & U349 & U352; 
assign U274 = U279 & RESTART & U373; 
assign U329 = ~(U419 & U418); 
assign U330 = ~(U417 & U416); 
assign U331 = ~(U415 & U414); 
assign U332 = ~(U413 & U412); 
assign U333 = ~(U411 & U410); 
assign U334 = ~(U409 & U408); 
assign U335 = ~(U407 & U406); 
assign U336 = ~(U405 & U404); 
assign U549 = ~(RESTART & U373); 
assign U550 = ~(U548 & U351); 
assign SUB_82_U11 = ~(SUB_82_U22 & SUB_82_U18 & SUB_82_U14); 
assign SUB_70_166_U10 = SUB_70_U6 | SUB_70_U15 | SUB_70_U19; 
assign SUB_70_166_U31 = ~(SUB_70_U19 & SUB_70_166_U30); 
assign SUB_82_165_U10 = SUB_82_U6 | SUB_82_U15 | SUB_82_U19; 
assign SUB_82_165_U31 = ~(SUB_82_U19 & SUB_82_165_U30); 
assign R179_U21 = ~(R179_U68 & R179_U67); 
assign R179_U55 = ~(R179_U54 & R179_U61 & R179_U53); 
assign SUB_70_U11 = ~(SUB_70_U22 & SUB_70_U18 & SUB_70_U14); 
assign U276 = U550 & U549 & U279; 
assign U539 = ~(SUB_70_166_U16 & U274); 
assign U540 = ~(SUB_82_165_U16 & U273); 
assign U545 = ~(SUB_70_U15 & U274); 
assign U546 = ~(SUB_82_U15 & U273); 
assign SUB_82_U7 = SUB_82_U27 & SUB_82_U11; 
assign SUB_82_U13 = ~R179_U21; 
assign SUB_82_U23 = ~SUB_82_U11; 
assign SUB_82_U25 = ~(R179_U21 & SUB_82_U11); 
assign SUB_70_166_U6 = SUB_70_166_U31 & SUB_70_166_U10; 
assign SUB_70_166_U23 = ~SUB_70_166_U10; 
assign SUB_82_165_U6 = SUB_82_165_U31 & SUB_82_165_U10; 
assign SUB_82_165_U23 = ~SUB_82_165_U10; 
assign R179_U4 = R179_U55 & R179_U51; 
assign SUB_70_U7 = SUB_70_U27 & SUB_70_U11; 
assign SUB_70_U13 = ~R179_U21; 
assign SUB_70_U23 = ~SUB_70_U11; 
assign SUB_70_U25 = ~(R179_U21 & SUB_70_U11); 
assign U513 = ~(R179_U4 & U276); 
assign U519 = ~(R179_U21 & U276); 
assign U525 = ~(R179_U22 & U276); 
assign U531 = ~(R179_U23 & U276); 
assign U533 = ~(SUB_70_166_U6 & U274); 
assign U534 = ~(SUB_82_165_U6 & U273); 
assign U537 = ~(R179_U24 & U276); 
assign U543 = ~(R179_U5 & U276); 
assign SUB_82_U12 = ~(SUB_82_U23 & SUB_82_U13); 
assign SUB_82_U16 = ~R179_U4; 
assign SUB_70_166_U17 = ~SUB_70_U7; 
assign SUB_70_166_U32 = ~(SUB_70_U7 & SUB_70_166_U10); 
assign SUB_82_165_U17 = ~SUB_82_U7; 
assign SUB_82_165_U32 = ~(SUB_82_U7 & SUB_82_165_U10); 
assign SUB_70_U12 = ~(SUB_70_U23 & SUB_70_U13); 
assign SUB_70_U16 = ~R179_U4; 
assign U281 = ~(U546 & U545 & U547 & U372 & U543); 
assign U282 = ~(U540 & U539 & U541 & U371 & U537); 
assign U283 = ~(U534 & U533 & U535 & U370 & U531); 
assign U367 = U514 & U512 & U513 & U517; 
assign U368 = U520 & U518 & U519 & U523; 
assign U369 = U526 & U524 & U525; 
assign SUB_82_U8 = SUB_82_U25 & SUB_82_U12; 
assign SUB_82_U24 = ~SUB_82_U12; 
assign SUB_82_U30 = ~(R179_U4 & SUB_82_U12); 
assign SUB_70_166_U28 = ~(SUB_70_166_U23 & SUB_70_166_U17); 
assign SUB_70_166_U33 = ~(SUB_70_166_U23 & SUB_70_166_U17); 
assign SUB_82_165_U28 = ~(SUB_82_165_U23 & SUB_82_165_U17); 
assign SUB_82_165_U33 = ~(SUB_82_165_U23 & SUB_82_165_U17); 
assign SUB_70_U8 = SUB_70_U25 & SUB_70_U12; 
assign SUB_70_U24 = ~SUB_70_U12; 
assign SUB_70_U30 = ~(R179_U4 & SUB_70_U12); 
assign SUB_82_U9 = ~(SUB_82_U24 & SUB_82_U16); 
assign SUB_82_U31 = ~(SUB_82_U24 & SUB_82_U16); 
assign SUB_70_166_U15 = ~SUB_70_U8; 
assign SUB_70_166_U18 = SUB_70_166_U33 & SUB_70_166_U32; 
assign SUB_70_166_U29 = ~(SUB_70_U8 & SUB_70_166_U28); 
assign SUB_82_165_U15 = ~SUB_82_U8; 
assign SUB_82_165_U18 = SUB_82_165_U33 & SUB_82_165_U32; 
assign SUB_82_165_U29 = ~(SUB_82_U8 & SUB_82_165_U28); 
assign SUB_70_U9 = ~(SUB_70_U24 & SUB_70_U16); 
assign SUB_70_U31 = ~(SUB_70_U24 & SUB_70_U16); 
assign U527 = ~(SUB_70_166_U18 & U274); 
assign U528 = ~(SUB_82_165_U18 & U273); 
assign SUB_82_U17 = SUB_82_U31 & SUB_82_U30; 
assign SUB_70_166_U11 = ~(SUB_70_166_U23 & SUB_70_166_U17 & SUB_70_166_U15); 
assign SUB_70_166_U13 = ~SUB_70_U9; 
assign SUB_82_165_U11 = ~(SUB_82_165_U23 & SUB_82_165_U17 & SUB_82_165_U15); 
assign SUB_82_165_U13 = ~SUB_82_U9; 
assign SUB_70_U17 = SUB_70_U31 & SUB_70_U30; 
assign U284 = ~(U528 & U527 & U529 & U369); 
assign SUB_70_166_U7 = SUB_70_166_U29 & SUB_70_166_U11; 
assign SUB_70_166_U14 = ~SUB_70_U17; 
assign SUB_70_166_U24 = ~SUB_70_166_U11; 
assign SUB_70_166_U27 = ~(SUB_70_U17 & SUB_70_166_U11); 
assign SUB_82_165_U7 = SUB_82_165_U29 & SUB_82_165_U11; 
assign SUB_82_165_U14 = ~SUB_82_U17; 
assign SUB_82_165_U24 = ~SUB_82_165_U11; 
assign SUB_82_165_U27 = ~(SUB_82_U17 & SUB_82_165_U11); 
assign U521 = ~(SUB_70_166_U7 & U274); 
assign U522 = ~(SUB_82_165_U7 & U273); 
assign SUB_70_166_U12 = ~(SUB_70_166_U24 & SUB_70_166_U14); 
assign SUB_82_165_U12 = ~(SUB_82_165_U24 & SUB_82_165_U14); 
assign U285 = ~(U522 & U521 & U368); 
assign SUB_70_166_U8 = SUB_70_166_U27 & SUB_70_166_U12; 
assign SUB_70_166_U21 = ~(SUB_70_166_U12 & SUB_70_166_U13); 
assign SUB_70_166_U25 = ~SUB_70_166_U12; 
assign SUB_82_165_U8 = SUB_82_165_U27 & SUB_82_165_U12; 
assign SUB_82_165_U21 = ~(SUB_82_165_U12 & SUB_82_165_U13); 
assign SUB_82_165_U25 = ~SUB_82_165_U12; 
assign U515 = ~(SUB_70_166_U8 & U274); 
assign U516 = ~(SUB_82_165_U8 & U273); 
assign SUB_70_166_U22 = ~SUB_70_166_U21; 
assign SUB_70_166_U26 = ~(SUB_70_U9 & SUB_70_166_U25); 
assign SUB_82_165_U22 = ~SUB_82_165_U21; 
assign SUB_82_165_U26 = ~(SUB_82_U9 & SUB_82_165_U25); 
assign U286 = ~(U516 & U515 & U367); 
assign U504 = ~(SUB_70_166_U22 & U274); 
assign U505 = ~(SUB_82_165_U22 & U273); 
assign SUB_70_166_U9 = ~(SUB_70_166_U21 & SUB_70_166_U26); 
assign SUB_82_165_U9 = ~(SUB_82_165_U21 & SUB_82_165_U26); 
assign U288 = ~(U503 & U502 & U504 & U506 & U505); 
assign U509 = ~(SUB_70_166_U9 & U274); 
assign U510 = ~(SUB_82_165_U9 & U273); 
assign U287 = ~(U508 & U507 & U509 & U511 & U510); 
endmodule